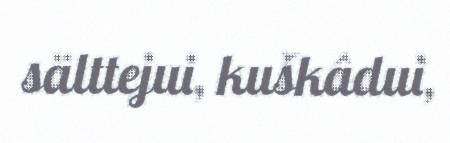
sälttejui, kuškâdui,